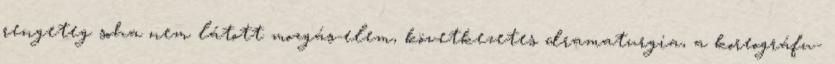
rengeteg soha nem látott mozgás-elem, következetes dramaturgia, a koreográfu-